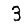
Digit: 3